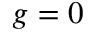
g = 0